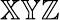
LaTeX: \mathbb{XYZ}